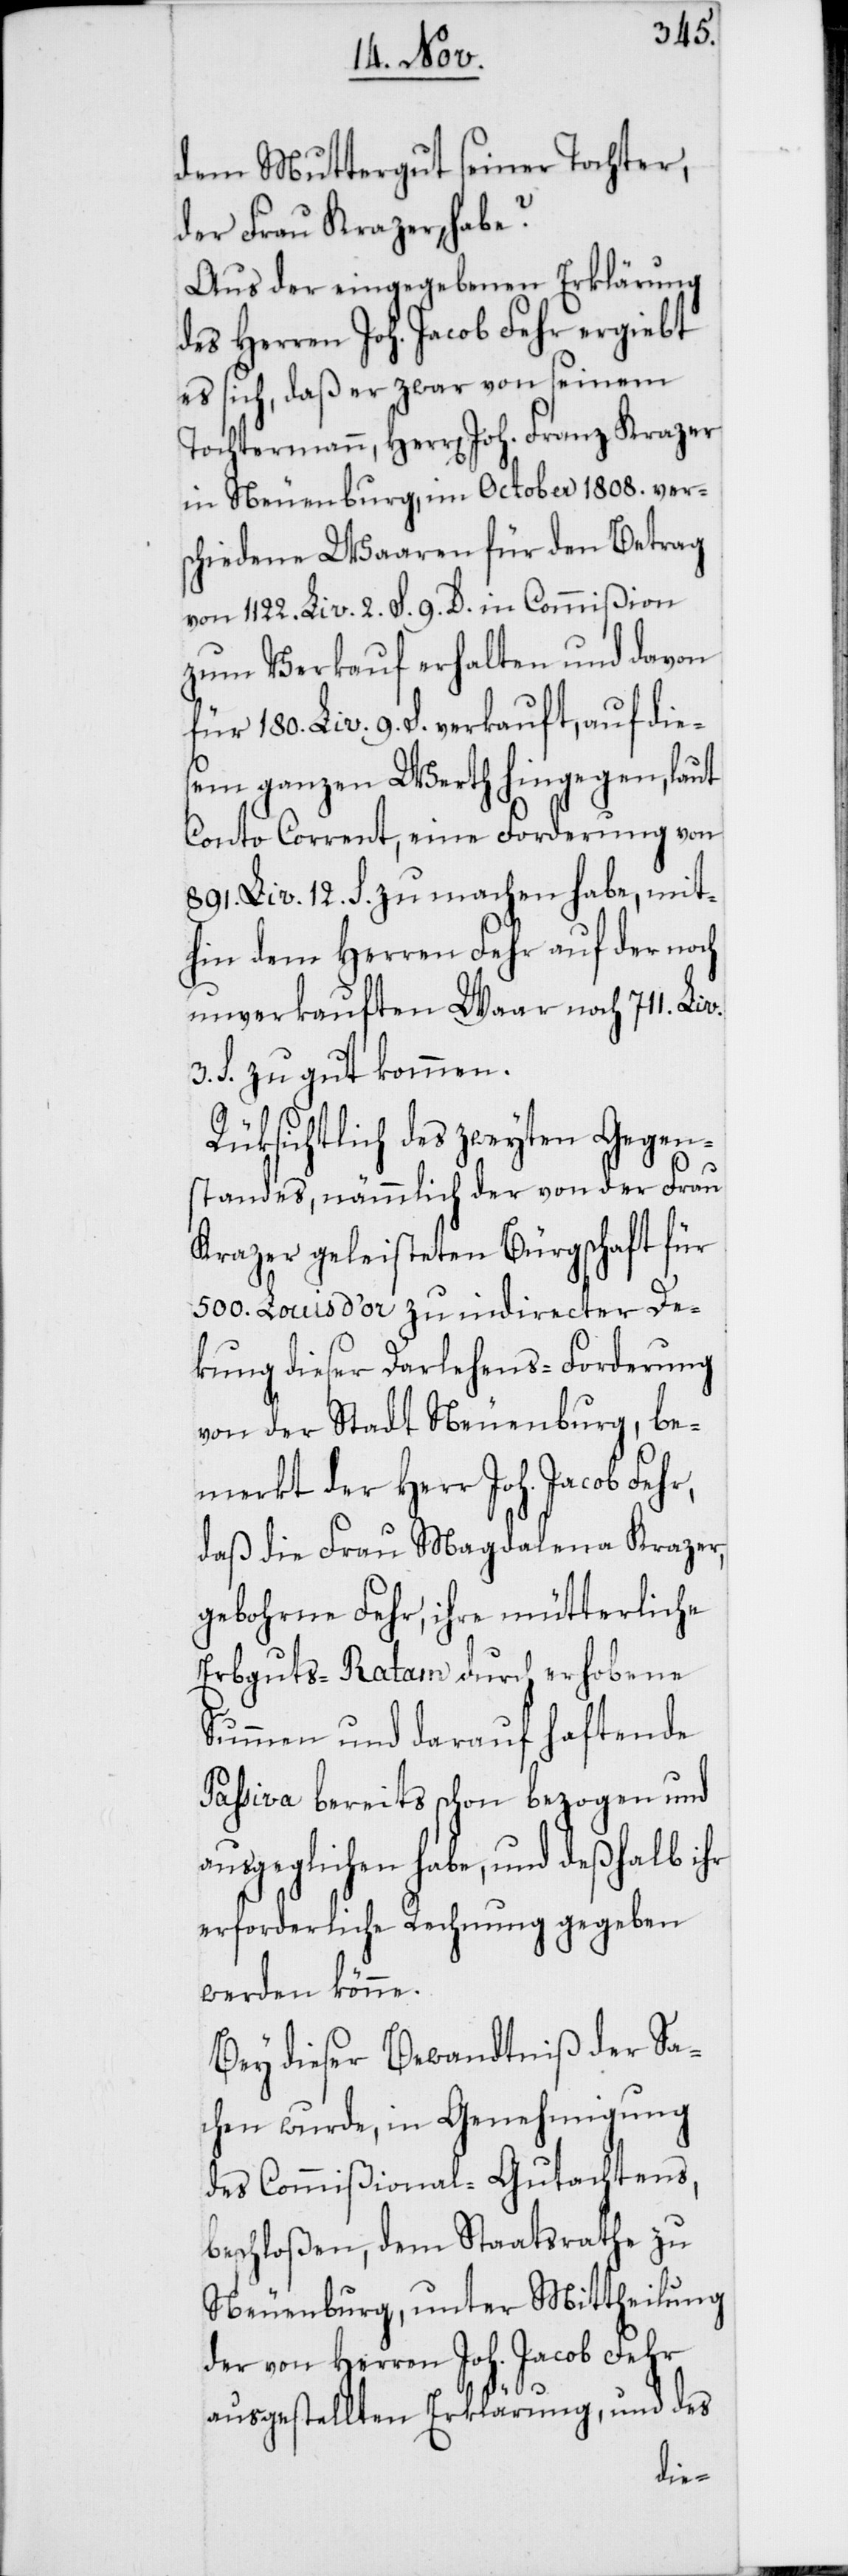
dem Muttergut seiner Tochter,
der Frau Krazer, habe?
Aus der eingegebenen Erklärung
des Herren Joh. Jacob Fehr ergiebt
es sich, daß er zwar von seinem
Tochtermann, Herren Joh. Franz Krazer
in Neuenburg, im October 1808. ver¬
schiedene Waaren für den Betrag
von 1122. Liv. 2. S. 9. D. in Commißion
zum Verkauf erhalten und davon
für 180. Liv. 9. S. verkauft, auf die¬
sem ganzen Werth hingegen, laut
Conto Corrent, eine Forderung von
891. Liv. 12. S. zu machen habe, mit¬
hin dem Herren Fehr auf der noch
unverkauften Waar noch 711. Liv.
3. S zugut kommen.
Rüksichtlich des zweyten Gegen¬
standes, nämmlich der von der Frau
Krazer geleisteten Bürgschaft für
500. Louis d’or zu indirecter De¬
kung dieser Darlehens-Forderung
von der Stadt Neuenburg, be¬
merkt der Herr Joh. Jacob Fehr,
daß die Frau Magdalena Krazer,
gebohrne Fehr, ihre mütterliche
Erbguts-Ratam durch erhobene
Summen und darauf haftende
Paßiva bereits schon bezogen und
ausgeglichen habe, und deshalb ihr
erforderliche Rechnung gegeben
werden könne.
Bey dieser Bewandtniß der Sa¬
chen wurde, in Genehmigung
des Commißional-Gutachtens,
beschloßen, dem Staatsrathe zu
Neuenburg, unter Mittheilung
der von Herren Joh. Jacob Fehr
ausgestellten Erklärung, und des